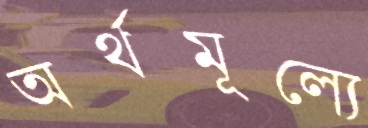
অর্থমূল্যে